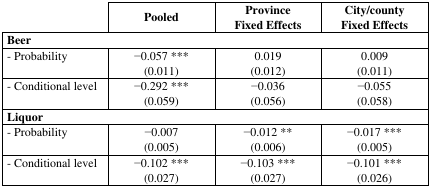
<table><thead><tr><td>[EMPTY_CELL]</td><td><b>Pooled</b></td><td><b>Province Fixed Effects</b></td><td><b>City/county Fixed Effects</b></td></tr></thead><tbody><tr><td colspan="4"><b>Beer</b></td></tr><tr><td>- Probability</td><td>−0.057 *** (0.011)</td><td>0.019 (0.012)</td><td>0.009 (0.011)</td></tr><tr><td>- Conditional level</td><td>−0.292 *** (0.059)</td><td>−0.036 (0.056)</td><td>−0.055 (0.058)</td></tr><tr><td colspan="4"><b>Liquor</b></td></tr><tr><td>- Probability</td><td>−0.007 (0.005)</td><td>−0.012 ** (0.006)</td><td>−0.017 *** (0.005)</td></tr><tr><td>- Conditional level</td><td>−0.102 *** (0.027)</td><td>−0.103 *** (0.027)</td><td>−0.101 *** (0.026)</td></tr></tbody></table>